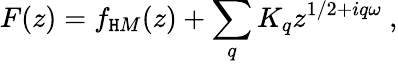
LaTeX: F(z)=f_{\mathtt{H}M}(z)+\sum_{q}K_{q}z^{1/2+iq\omega}\ ,